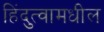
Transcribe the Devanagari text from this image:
हिंदुत्वामधील